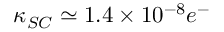
\kappa _ { S C } \simeq 1 . 4 \times 1 0 ^ { - 8 } e ^ { - }